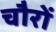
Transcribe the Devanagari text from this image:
चौरों